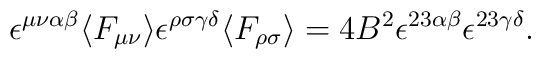
\epsilon ^{\mu \nu \alpha \beta}    \langle F _{\mu \nu} \rangle    \epsilon ^{\rho \sigma \gamma \delta}    \langle F _{\rho \sigma} \rangle    =    4 B ^{2}    \epsilon ^{2 3 \alpha \beta}    \epsilon ^{2 3 \gamma \delta}    .